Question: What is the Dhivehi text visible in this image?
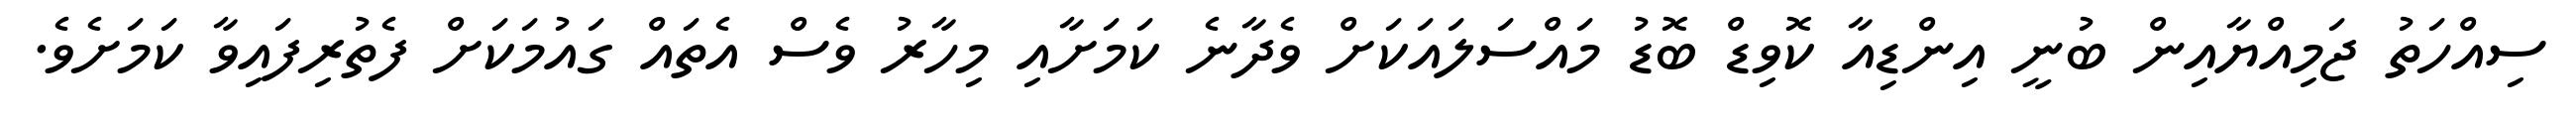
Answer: ސިއްހަތު ޖަމިއްޔާއިން ބުނީ އިންޑިއާ ކޮވިޑް ބޮޑު މައްސަލައަކަށް ވެދާނެ ކަމަށާއި މިހާރު ވެސް އެތައް ގައުމަކަށް ފެތުރިފައިވާ ކަމަށެވެ.